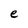
Character: e